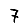
Digit: 7